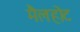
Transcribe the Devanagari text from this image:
मैलहोट